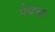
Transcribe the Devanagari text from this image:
पेबचा